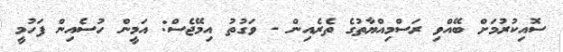
ސޮއިކުރުމަށް ބޭއްވި ރަސްމިއްޔާތުގެ ތެރެއިން - ވަގުތު އިމޭޖެސް: އަމީން ހުސެއިން ފަހުމީ